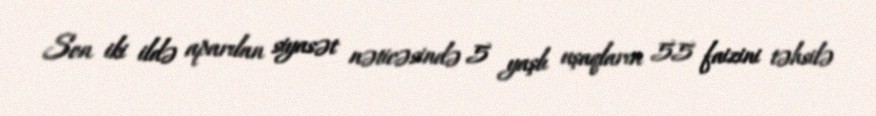
Son iki ildə aparılan siyasət nəticəsində 5 yaşlı uşaqların 55 faizini təhsilə